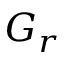
G _ { r }